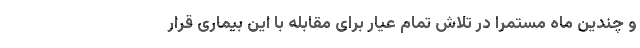
و چندین ماه مستمرا در تلاش تمام عیار برای مقابله با این بیماری قرار